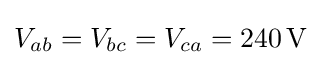
V_{ab}=V_{bc}=V_{ca}=240\,{\text{V}}